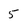
Character: 5